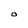
Character: O